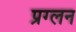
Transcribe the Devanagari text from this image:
प्रग्लन